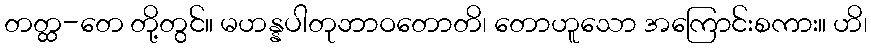
တတ္ထ-တေ တို့တွင်။ မဟန္နပါတုဘာဝတောတိ၊ တောဟူသော အကြောင်းစကား။ ဟိ၊